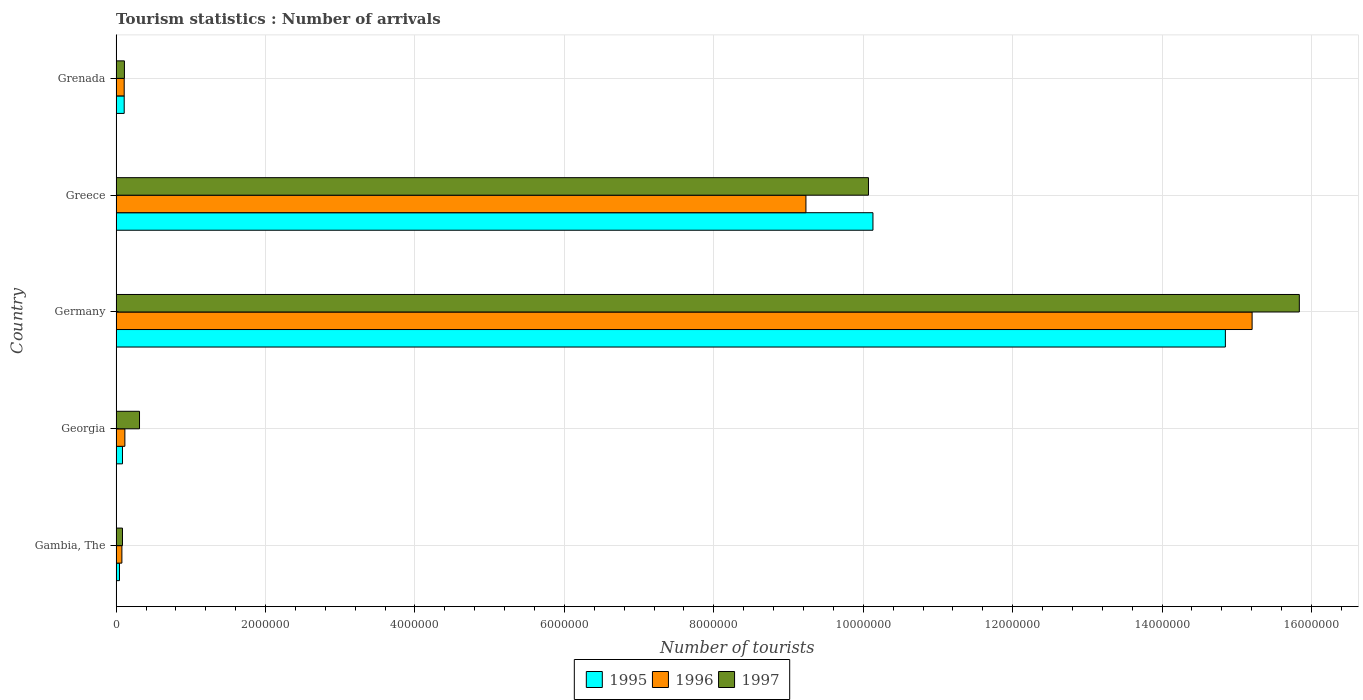
| Country | 1995 | 1996 | 1997 |
 | --- | --- | --- | --- |
 | Gambia, The | 4.5e+04 | 7.7e+04 | 8.5e+04 |
 | Georgia | 8.5e+04 | 1.17e+05 | 3.13e+05 |
 | Germany | 1.48e+07 | 1.52e+07 | 1.58e+07 |
 | Greece | 1.01e+07 | 9.23e+06 | 1.01e+07 |
 | Grenada | 1.08e+05 | 1.08e+05 | 1.11e+05 |